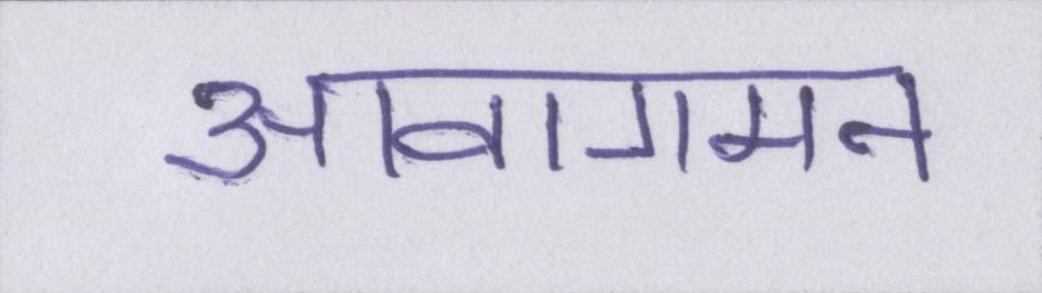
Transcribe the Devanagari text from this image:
आवागमन